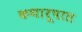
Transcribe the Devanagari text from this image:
कथारूपात